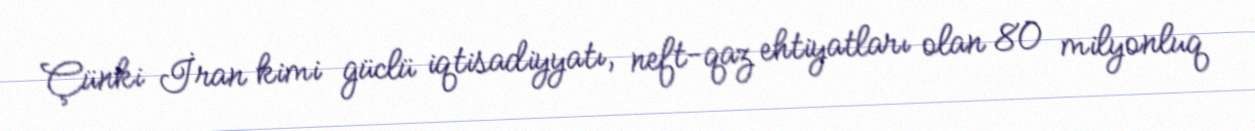
Çünki İran kimi güclü iqtisadiyyatı, neft-qaz ehtiyatları olan 80 milyonluq